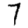
Digit: 7